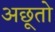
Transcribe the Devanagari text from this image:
अछूतो